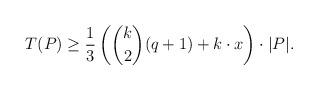
LaTeX: \begin{align*}T(P) \geq \frac{1}{3}\left(\binom{k}{2}(q+1) + k\cdot x\right)\cdot |P|.\end{align*}